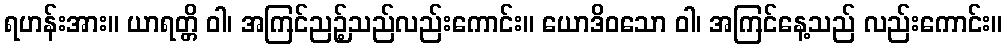
ရဟန်းအား။ ယာရတ္တိ ဝါ၊ အကြင်ညဉ့်သည်လည်းကောင်း။ ယောဒိဝသော ဝါ၊ အကြင်နေ့သည် လည်းကောင်း။